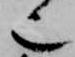
也